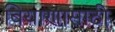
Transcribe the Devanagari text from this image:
बियाणासाठी